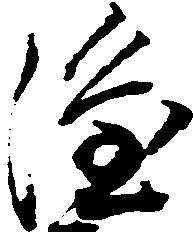
隆